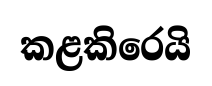
කළකිරෙයි